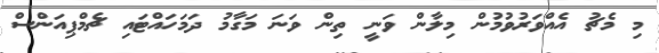
މި މެޗު އެއްވަރުވުމުން މިލާން ވަނީ ތިން ވަނަ މަގާމު ދަމަހައްޓައި ޗެމްޕިއަންސް